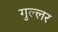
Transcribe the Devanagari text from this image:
गुल्लर